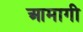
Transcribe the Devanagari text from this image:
आमागी